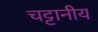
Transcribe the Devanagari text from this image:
चट्टानीय